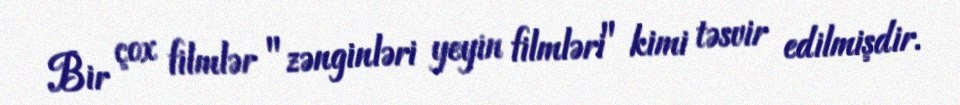
Bir çox filmlər "zənginləri yeyin filmləri" kimi təsvir edilmişdir.